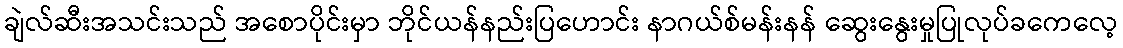
ချဲလ်ဆီးအသင်းသည် အစောပိုင်းမှာ ဘိုင်ယန်နည်းပြဟောင်း နာဂယ်စ်မန်းနန် ဆွေးနွေးမှုပြုလုပ်ခကေလေ့